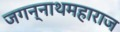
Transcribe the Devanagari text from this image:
जगन्नाथमहाराज